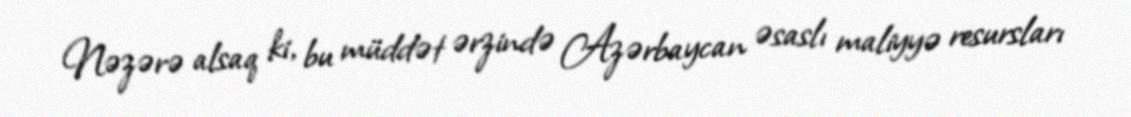
Nəzərə alsaq ki, bu müddət ərzində Azərbaycan əsaslı maliyyə resursları